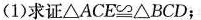
(1)求证$$△ A C E ≌ △ B C D$$；